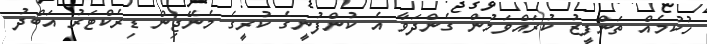
ހުކުމެއް ތަންފީޒު ކުރައްވަމުން ގެންދަވާ އެ ކުންފުނީގެ ކުރީގެ މެނޭޖިން ޑިރެކްޓަރު އަބްދު